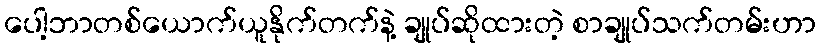
ပေါ့ဘာတစ်ယောက်ယူနိုက်တက်နဲ့ ချုပ်ဆိုထားတဲ့ စာချုပ်သက်တမ်းဟာ